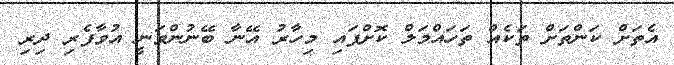
އެތަށް ކަންތަށް ތަކެއް ތަހައްމަލް ކޮށްފައި މިހާރު އޭނާ ބޭނުންވަނީ އުވާފެރި ދިރި